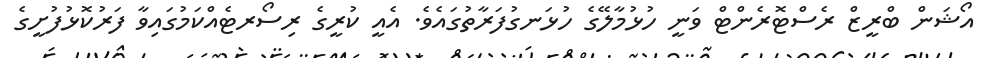
އޯޝަން ބްރީޒް ރެސްޓޮރެންޓް ވަނީ ހުޅުމާލޭގެ ހުޅަނގުފަރާތުގައެވެ. އެއީ ކުރީގެ ރިސޯރޓެއްކަމުގައިވާ ފަރުކޮޅުފުށީގެ